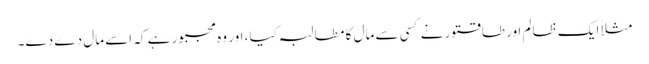
مثلاً ایک ظالم اور طاقتور نے کسی سے مال کا مطالبہ کیا، اور وہ مجبور ہے کہ اسے مال دے دے۔